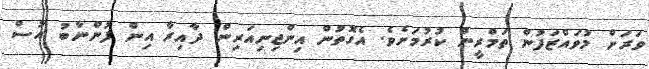
ވަރަށް މުވައްޒަފުން ތަމްރީން ކުރުމަށެވެ. އެގޮތުން އިންޖިނިއަރިން ދާއިރާ އިން ފުންނާބު އުސް